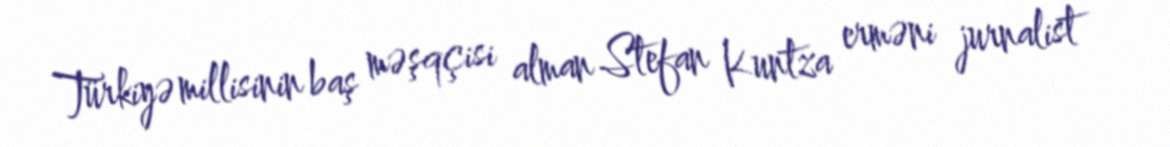
Türkiyə millisinin baş məşqçisi alman Stefan Kuntza erməni jurnalist